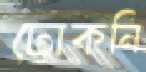
ঢোকনি